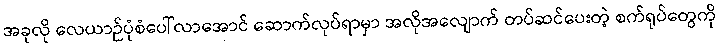
အခုလို လေယာဉ်ပုံစံပေါ်လာအောင် ဆောက်လုပ်ရာမှာ အလိုအလျောက် တပ်ဆင်ပေးတဲ့ စက်ရုပ်တွေကို